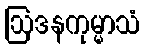
ဩဒနကုမ္မာသံ